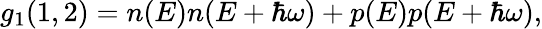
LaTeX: \begin{array}{r}{g_{1}(1,2)=n(E)n(E+\hbar\omega)+p(E)p(E+\hbar\omega),}\end{array}